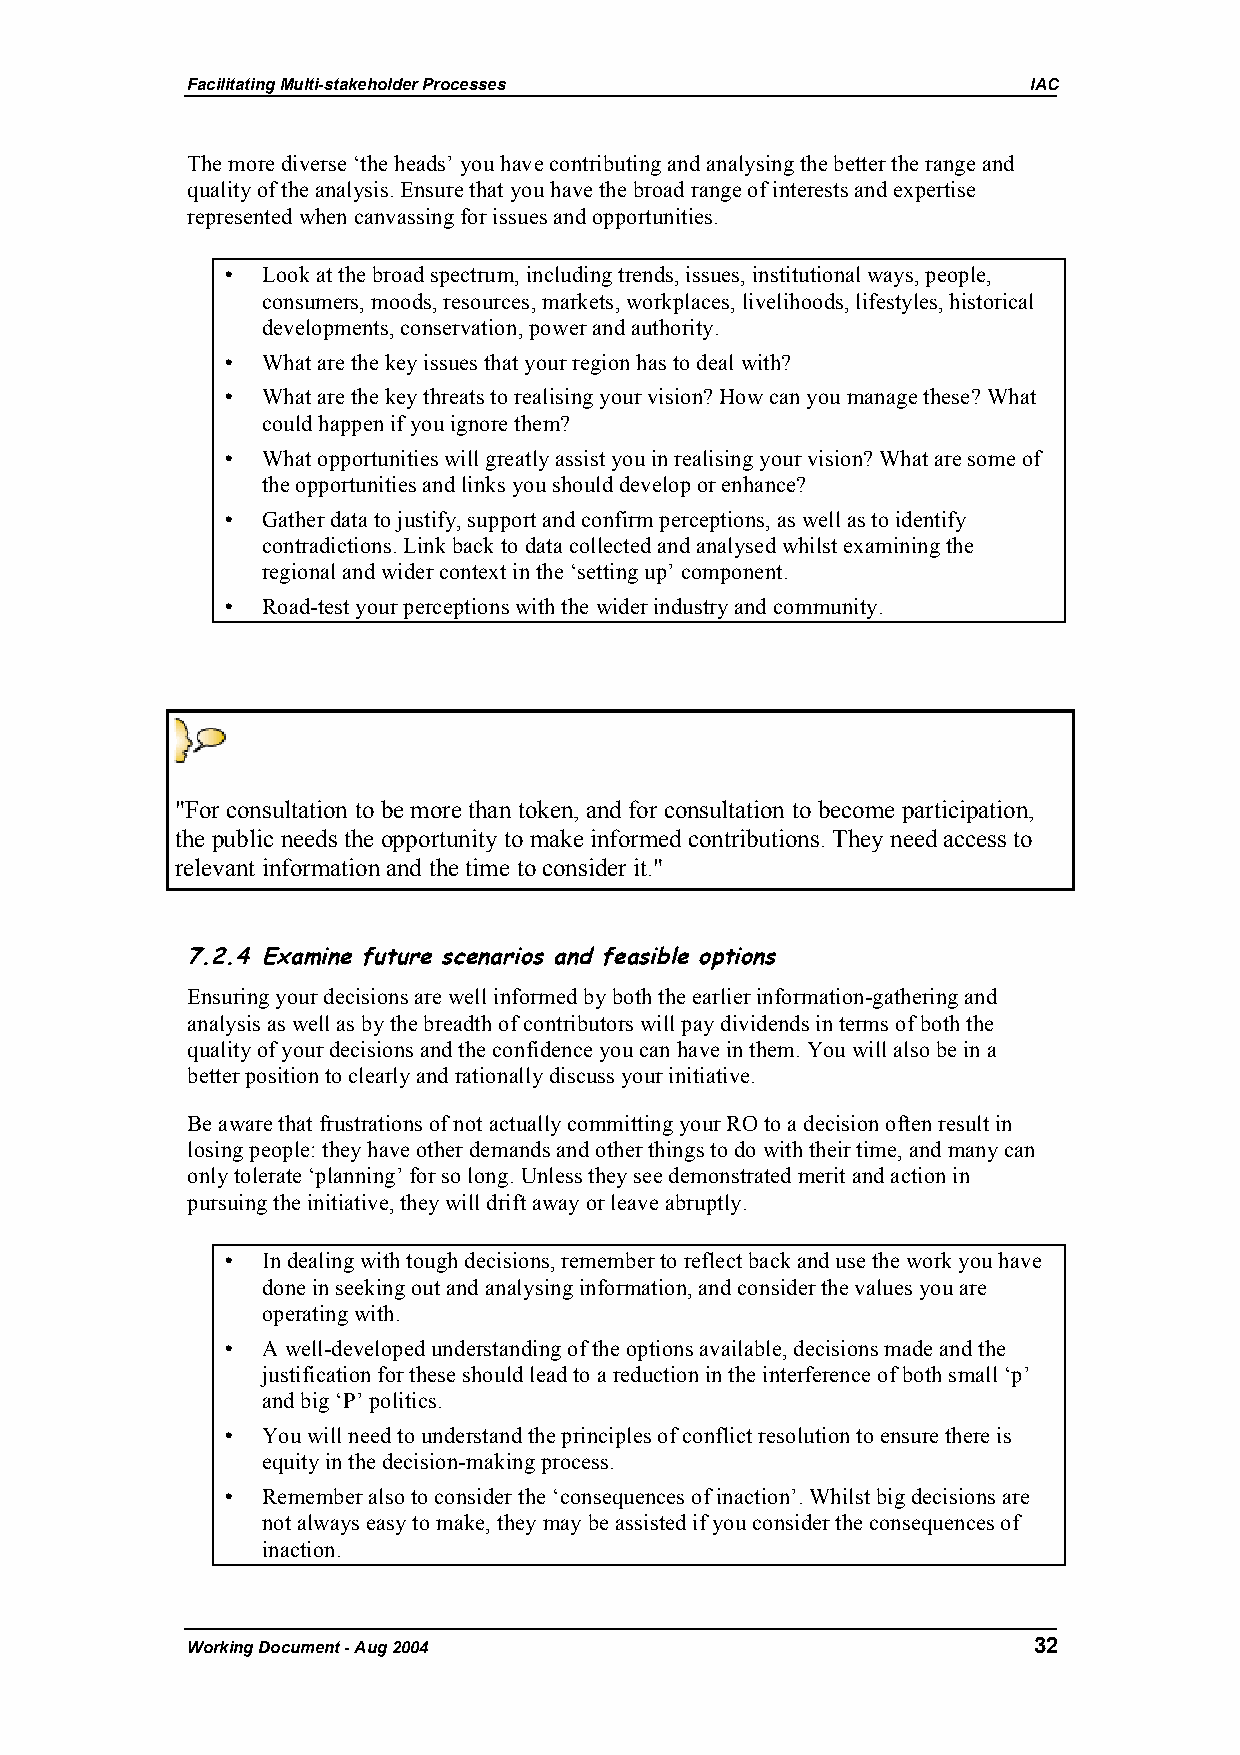
Facilitating Multi-stakeholder Processes                IAC
 The more diverse ‘the heads’ you have contributing and analysing the better the range and
 quality of the analysis. Ensure that you have the broad range of interests and expertise
 represented when canvassing for issues and opportunities.
 • Look at the broad spectrum, including trends, issues, institutional ways, people,
 consumers, moods, resources, markets, workplaces, livelihoods, lifestyles, historical
 developments, conservation, power and authority.
 • What are the key issues that your region has to deal with?
 • What are the key threats to realising your vision? How can you manage these? What
 could happen if you ignore them?
 • What opportunities will greatly assist you in realising your vision? What are some of
 the opportunities and links you should develop or enhance?
 • Gather data to justify, support and confirm perceptions, as well as to identify
 contradictions. Link back to data collected and analysed whilst examining the
 regional and wider context in the ‘setting up’ component.
 • Road-test your perceptions with the wider industry and community.
 "For consultation to be more than token, and for consultation to become participation,
 the public needs the opportunity to make informed contributions. They need access to
 relevant information and the time to consider it."
 7.2.4 Examine future scenarios and feasible options
 Ensuring your decisions are well informed by both the earlier information-gathering and
 analysis as well as by the breadth of contributors will pay dividends in terms of both the
 quality of your decisions and the confidence you can have in them. You will also be in a
 better position to clearly and rationally discuss your initiative.
 Be aware that frustrations of not actually committing your RO to a decision often result in
 losing people: they have other demands and other things to do with their time, and many can
 only tolerate ‘planning’ for so long. Unless they see demonstrated merit and action in
 pursuing the initiative, they will drift away or leave abruptly.
 • In dealing with tough decisions, remember to reflect back and use the work you have
 done in seeking out and analysing information, and consider the values you are
 operating with.
 • A well-developed understanding of the options available, decisions made and the
 justification for these should lead to a reduction in the interference of both small ‘p’
 and big ‘P’ politics.
 • You will need to understand the principles of conflict resolution to ensure there is
 equity in the decision-making process.
 • Remember also to consider the ‘consequences of inaction’. Whilst big decisions are
 not always easy to make, they may be assisted if you consider the consequences of
 inaction.
 Working Document - Aug 2004                             32